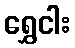
ရွှေငါး